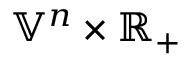
{ \mathbb { V } } ^ { n } \times \mathbb { R } _ { + }